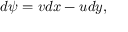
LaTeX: d \psi = v d x - u d y ,